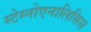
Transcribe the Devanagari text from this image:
स्टेग्नोएनालिसिस